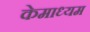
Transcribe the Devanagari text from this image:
केमाध्यम